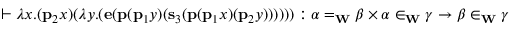
\vdash \lambda x . ( \mathbf { p } _ { 2 } x ) ( \lambda y . ( \mathbf { e } ( \mathbf { p } ( \mathbf { p } _ { 1 } y ) ( \mathbf { s } _ { 3 } ( \mathbf { p } ( \mathbf { p } _ { 1 } x ) ( \mathbf { p } _ { 2 } y ) ) ) ) ) ) : \alpha = _ { \mathbf { W } } \beta \times \alpha \in _ { \mathbf { W } } \gamma \rightarrow \beta \in _ { \mathbf { W } } \gamma